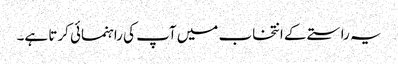
یہ راستے کے انتخاب میں آپ کی راہنمائی کرتا ہے۔